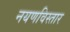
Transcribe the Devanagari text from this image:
नयणविस्तार